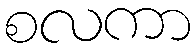
စလကာ